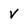
Character: V